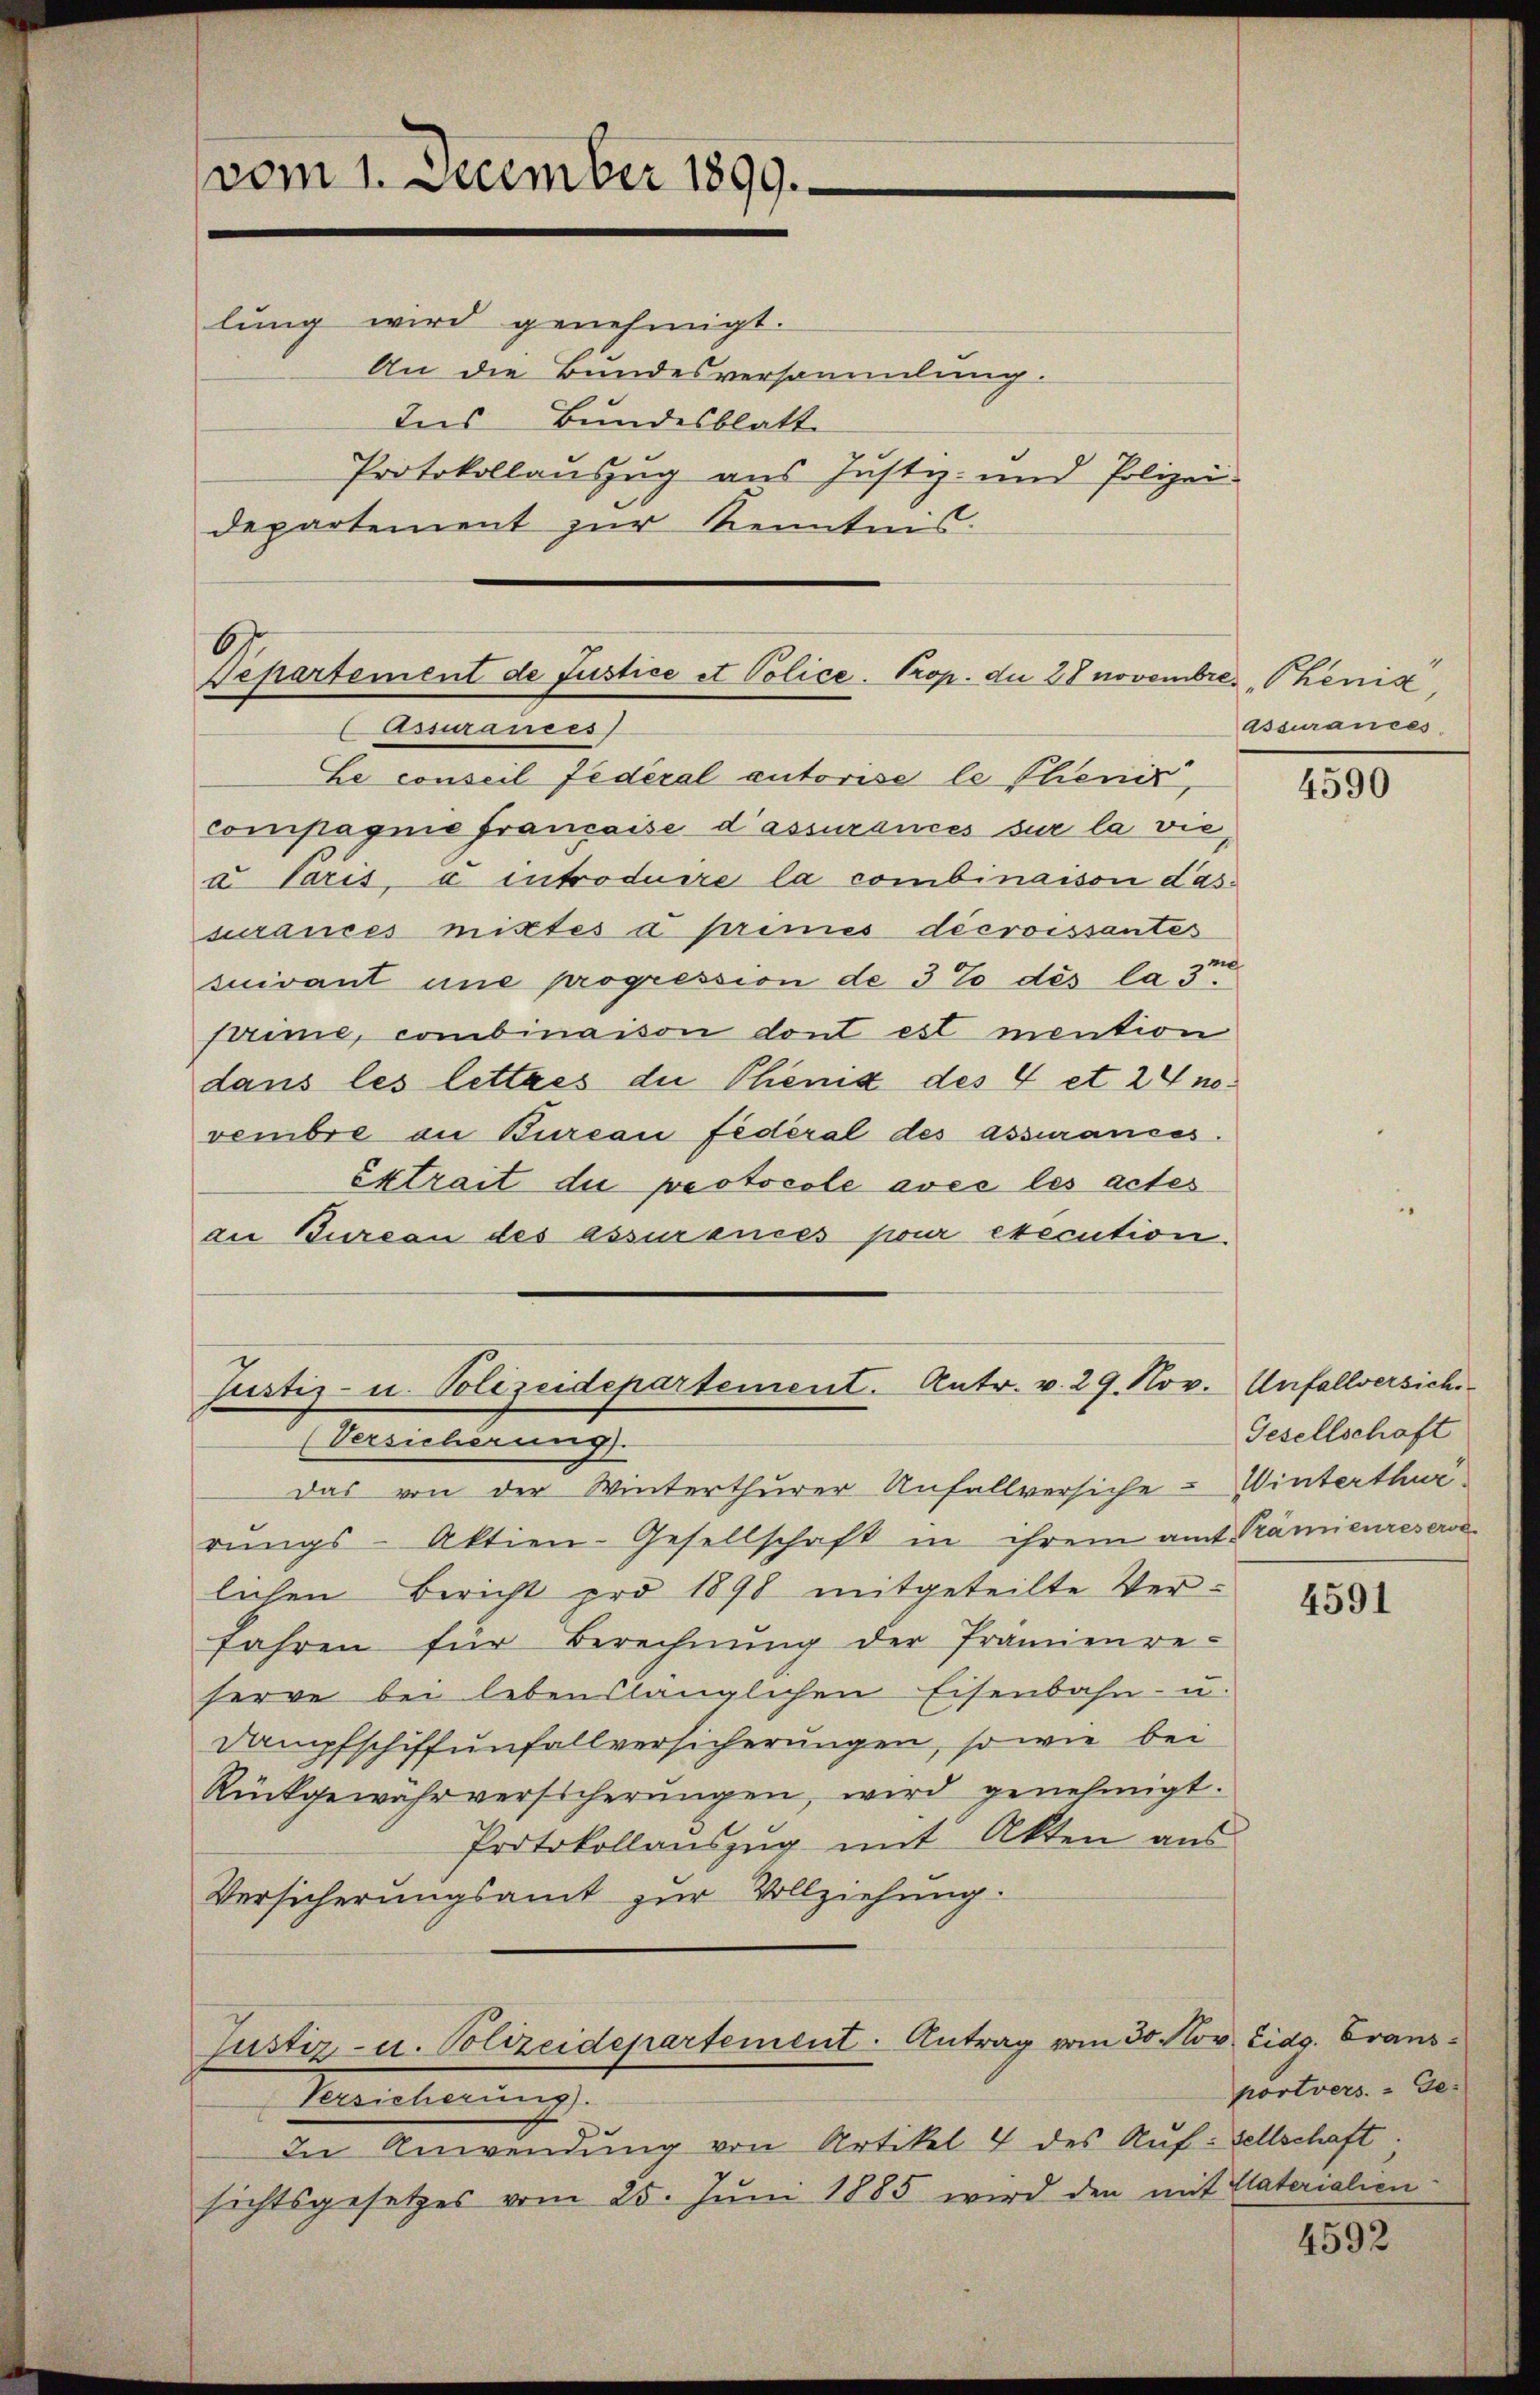
vom 1. December 1899.
lŭng wird genehmigt.
An die Bundesversammlung.
Ins Bundesblatte
Protokollauszug aus Justiz- und Polizei-
Departement zur Kenntnis.

Le conseil Federal autorise le Thienić,
compagnie française d’assurances sur la vie¬
u Paris introduire la combinaison das
surances mittes a primes décroissantes
suivant une progression de 3% des la 3m
prime, combinaison dont est mention
dans les lettres die Thienig des 4 et 24 novembre an Bureau fédéral des assurances.
Extrait die protocole avec les actes
die Bureau des assurances pour exécution.

6
Departement de Justice et Police- Prop. du 28 novembri
assurances

Justiz- u. Polizeidepartement. Antr. v. 29. Nov. Unfallversich
(Versicherung

Justiz- u. Polizeidepartement. Antrag vom 30. Nov. Eidg. Granz¬
Meilierung

In Anwendung von Artikel 7 des Auf sellschaft.
sichtsgesetzes vom 25. Juni 1885 wird den im

e Chenia,
Assurances

das von der Winterthurer Unfallversiche Winterthur
rungs-Aktien-Gesellschaft in ihrem amt Prämienreserve
lichen Bericht pro 1898 mitgeteilte Verfahren für Berechnŭng der Prämienre-
serve bei lebenslänglichen Eisenbahn- u.
Dampfschiffunfallversicherungen, so wie bei
Rückgewährversicherŭngen, wird genehmigt.
Protokollauszug mit Akten aus
Versicherungsamt zur Vollziehung.

4590

Gesellschaft

4591

portvers. - Geit Paterialen

4592